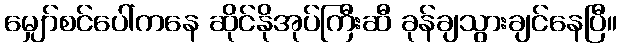
မျှော်စင်ပေါ်ကနေ ဆိုင်နိုအုပ်ကြီးဆီ ခုန်ချသွားချင်နေပြီ။